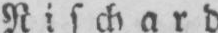
Rischard